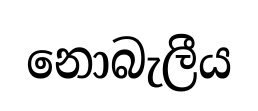
නොබැලීය